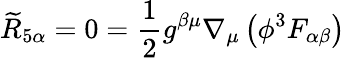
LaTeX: {\widetilde{R}}_{5\alpha}=0={\frac{1}{2}}g^{\beta\mu}\nabla_{\mu}\left(\phi^{3}F_{\alpha\beta}\right)